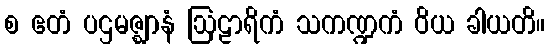
စ ဧတံ ပဌမဇ္ဈာနံ ဩဠာရိကံ သကဏ္ဍကံ ဝိယ ခါယတိ။